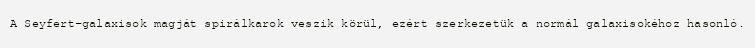
A Seyfert-galaxisok magját spirálkarok veszik körül, ezért szerkezetük a normál galaxisokéhoz hasonló.